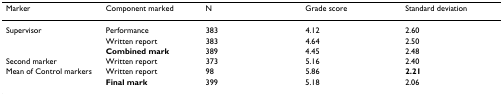
| Marker | Component marked | N | Grade score | Standard deviation |
 | --- | --- | --- | --- | --- |
 | Supervisor | Performance | 383 | 4.12 | 2.60 |
 |  | Written report | 383 | 4.64 | 2.50 |
 |  | Combined mark | 389 | 4.45 | 2.48 |
 | Second marker | Written report | 373 | 5.16 | 2.40 |
 | Mean of Control markers | Written report | 98 | 5.86 | 2.21 |
 |  | Final mark | 399 | 5.18 | 2.06 |